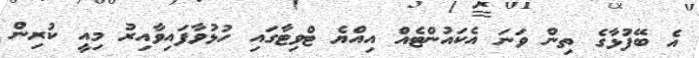
އެ ބޭފުޅާގެ ތިން ވަނަ އެކައުންޓެއް އިއްޔެ ޓްވިޓާގައި ހުޅުވާފައިވާއިރު މިއީ ކުރިން